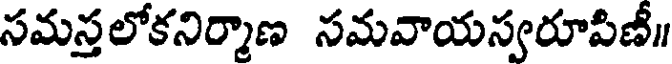
సమస్తలోకనిర్మాణ సమవాయస్వరూపీణీ